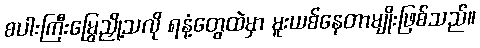
စပါးကြီးမြွေညှို့သလို ရနံ့တွေထဲမှာ မူးယစ်နေတာမျိုးဖြစ်သည်။